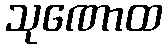
သုဏောထ